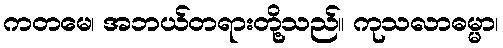
ကတမေ၊ အဘယ်တရားတို့သည်။ ကုသလာဓမ္မာ၊